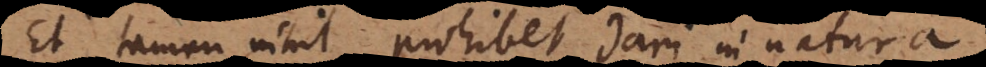
Et tamen nihil prohibet dari in natura